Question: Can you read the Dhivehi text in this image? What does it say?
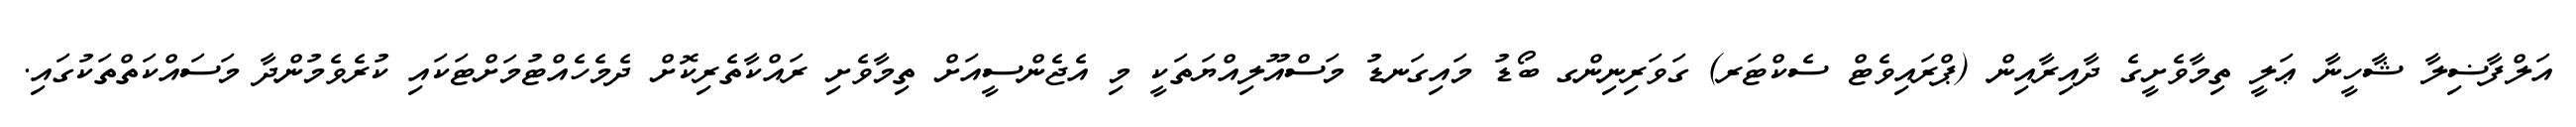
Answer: އަލްފާޟިލާ ޝާހީނާ ޢަލީ ތިމާވެށީގެ ދާއިރާއިން (ޕްރައިވެޓް ސެކްޓަރ) ގަވަރިނިންގ ބޯޑު މައިގަނޑު މަސްއޫލިއްޔަތަކީ މި އެޖެންސީއަށް ތިމާވެށި ރައްކާތެރިކޮށް ދެމެހެއްޓުމަށްޓަކައި ކުރެވެމުންދާ މަސައްކަތްތަކުގައި.